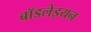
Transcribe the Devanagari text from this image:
बॉडलेइयन